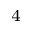
_ 4